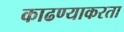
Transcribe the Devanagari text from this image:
काढण्याकरता